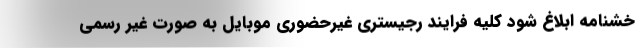
خشنامه ابلاغ شود کلیه فرایند رجیستری غیرحضوری موبایل به صورت غیر رسمی